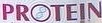
PROTEIN